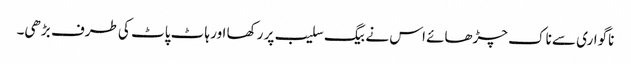
ناگواری سے ناک چڑھائے اس نے بیگ سلیب پر رکھا اور ہاٹ پاٹ کی طرف بڑھی۔